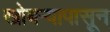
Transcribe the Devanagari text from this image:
खोबर्‍यापासून